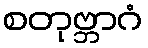
စတုဗ္ဘာဂံ